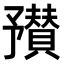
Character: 𬼼